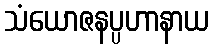
သံယောဇနပ္ပဟာနာယ